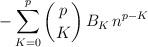
LaTeX: \begin{align*} - \sum_{K=0}^{p} \binom{p}{K} \, B_K \, n^{p-K}\end{align*}